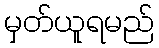
မှတ်ယူရမည်